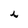
Character: i